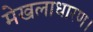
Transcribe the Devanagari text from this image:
मेखलाधारण।